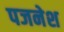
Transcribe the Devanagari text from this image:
पजनेश